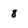
Character: 8